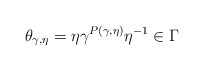
\begin{align*}\theta_{\gamma,\eta} = \eta \gamma^{P(\gamma,\eta)} \eta^{-1} \in \Gamma\end{align*}